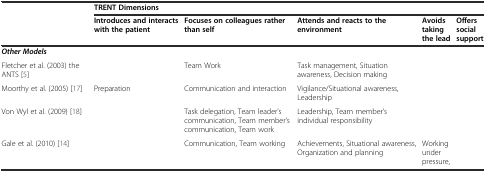
<table><thead><tr><td></td><td colspan="5"><b>TRENT Dimensions</b></td></tr><tr><td></td><td><b>Introduces and interacts with the patient</b></td><td><b>Focuses on colleagues rather than self</b></td><td><b>Attends and reacts to the environment</b></td><td><b>Avoids taking the lead</b></td><td><b>Offers social support</b></td></tr></thead><tbody><tr><td><b><i>Other Models</i></b></td><td></td><td></td><td></td><td></td><td></td></tr><tr><td>Fletcher et al. (2003) the ANTS [5]</td><td></td><td>Team Work</td><td>Task management, Situation awareness, Decision making</td><td></td><td></td></tr><tr><td>Moorthy et al. (2005) [17]</td><td>Preparation</td><td>Communication and interaction</td><td>Vigilance/Situational awareness, Leadership</td><td></td><td></td></tr><tr><td>Von Wyl et al. (2009) [18]</td><td></td><td>Task delegation, Team leader’s communication, Team member’s communication, Team work</td><td>Leadership, Team member’s individual responsibility</td><td></td><td></td></tr><tr><td>Gale et al. (2010) [14]</td><td></td><td>Communication, Team working</td><td>Achievements, Situational awareness, Organization and planning</td><td>Working under pressure,</td><td></td></tr></tbody></table>